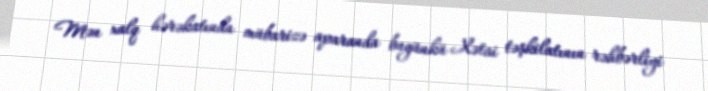
Mən xalq hərəkatında mübarizə aparanda bugünkü Xətai təşkilatının rəhbərliyi